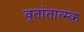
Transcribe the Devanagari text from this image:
वृतांतात्‍म्क